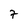
Character: 7